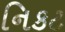
નિકટ